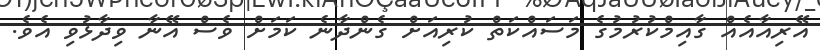
އޭރިއާއެއް ގާއިމްކުރުމުގެ މަސައްކަތް ކުރިއަށް ގެންދާނެ ކަމަށް ވެސް އޭނާ ވިދާޅުވި އެވެ.